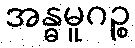
အန္ဓမူဂဉ္စ